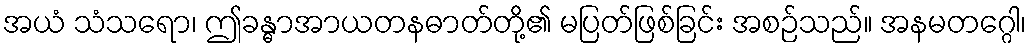
အယံ သံသရော၊ ဤခန္ဓာအာယတနဓာတ်တို့၏ မပြတ်ဖြစ်ခြင်း အစဉ်သည်။ အနမတဂ္ဂေါ၊